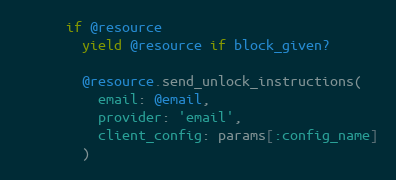
Language: Ruby
      if @resource
        yield @resource if block_given?

        @resource.send_unlock_instructions(
          email: @email,
          provider: 'email',
          client_config: params[:config_name]
        )